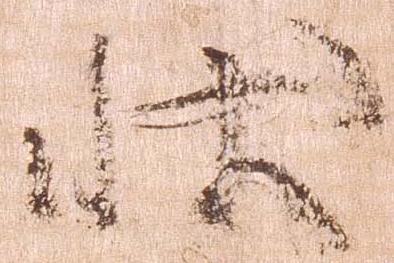
状